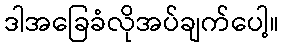
ဒါအခြေခံလိုအပ်ချက်ပေါ့။